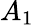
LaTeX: \textit{A}_{1}